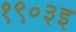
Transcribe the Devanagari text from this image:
१९०३इ